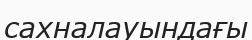
сахналауындағы